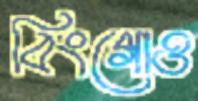
বিংগোও